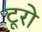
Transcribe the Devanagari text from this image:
टूरो